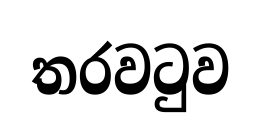
තරවටුව